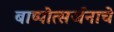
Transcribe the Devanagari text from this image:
बाष्पोत्सर्जनाचे